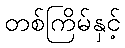
တစ်ကြိမ်နှင့်